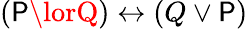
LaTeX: (\mathsf{P}\lorQ)\leftrightarrow(Q\lor\mathsf{P})